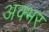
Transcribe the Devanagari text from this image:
अक्भर